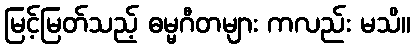
မြင့်မြတ်သည့် ဓမ္မဂီတများ ကလည်း မသိ။